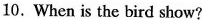
10.When is the bird show?